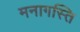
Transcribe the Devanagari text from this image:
मनागस्ति